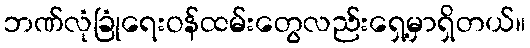
ဘဏ်လုံခြုံရေးဝန်ထမ်းတွေလည်းရှေ့မှာရှိတယ်။